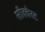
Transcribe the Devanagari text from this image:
सीक्वेस्ट